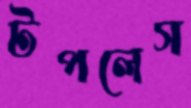
টপলেস